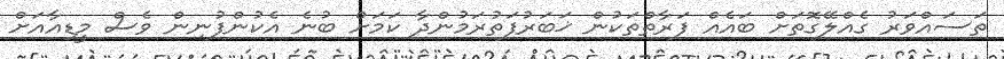
ތަސައްވަރު ގެއްލޭގޮތަށް ބައެއް ފަރާތްތަކުން ޚަބަރުފަތުރަމުންދާ ކަމަށް ބުނެ އެކުންފުނިން ވެސް މީޑިއާއަށް